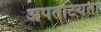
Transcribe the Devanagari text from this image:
अपतटियता